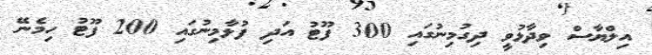
އިލްޔާސް ވިދާޅުވީ ދިގުމިނުގައި 300 ފޫޓު އަދި ފުޅާމިނުގައި 200 ފޫޓު ހިމެނޭ